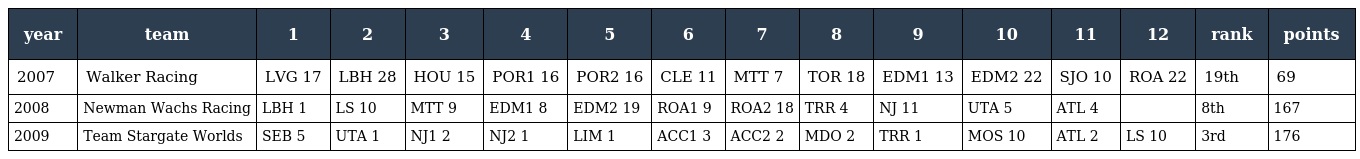
| year | team | 1 | 2 | 3 | 4 | 5 | 6 | 7 | 8 | 9 | 10 | 11 | 12 | rank | points |
 | --- | --- | --- | --- | --- | --- | --- | --- | --- | --- | --- | --- | --- | --- | --- | --- |
 | 2007 | Walker Racing | LVG 17 | LBH 28 | HOU 15 | POR1 16 | POR2 16 | CLE 11 | MTT 7 | TOR 18 | EDM1 13 | EDM2 22 | SJO 10 | ROA 22 | 19th | 69 |
 | 2008 | Newman Wachs Racing | LBH 1 | LS 10 | MTT 9 | EDM1 8 | EDM2 19 | ROA1 9 | ROA2 18 | TRR 4 | NJ 11 | UTA 5 | ATL 4 |  | 8th | 167 |
 | 2009 | Team Stargate Worlds | SEB 5 | UTA 1 | NJ1 2 | NJ2 1 | LIM 1 | ACC1 3 | ACC2 2 | MDO 2 | TRR 1 | MOS 10 | ATL 2 | LS 10 | 3rd | 176 |